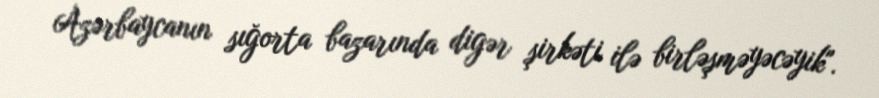
Azərbaycanın sığorta bazarında digər şirkəti ilə birləşməyəcəyik".